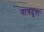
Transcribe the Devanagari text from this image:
नाथदुरा